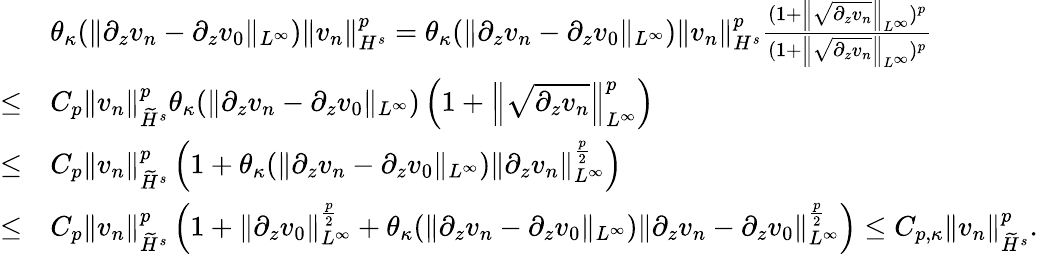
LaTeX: \begin{array}{rl}&{\theta_{\kappa}(\| \partial_{z}v_{n}-\partial_{z}v_{0}\| _{L^{\infty}})\| v_{n}\| _{H^{s}}^{p}=\theta_{\kappa}(\| \partial_{z}v_{n}-\partial_{z}v_{0}\| _{L^{\infty}})\| v_{n}\| _{H^{s}}^{p}\frac{(1+\left\| \sqrt{\partial_{z}v_{n}}\right\| _{L^{\infty}})^{p}}{(1+\left\| \sqrt{\partial_{z}v_{n}}\right\| _{L^{\infty}})^{p}}}\\ {\leq}&{C_{p}\| v_{n}\| _{\widetilde H^{s}}^{p}\theta_{\kappa}(\| \partial_{z}v_{n}-\partial_{z}v_{0}\| _{L^{\infty}})\left(1+\left\| \sqrt{\partial_{z}v_{n}}\right\| _{L^{\infty}}^{p}\right)}\\ {\leq}&{C_{p}\| v_{n}\| _{\widetilde H^{s}}^{p}\left(1+\theta_{\kappa}(\| \partial_{z}v_{n}-\partial_{z}v_{0}\| _{L^{\infty}})\left\| \partial_{z}v_{n}\right\| _{L^{\infty}}^{\frac p2}\right)}\\ {\leq}&{C_{p}\| v_{n}\| _{\widetilde H^{s}}^{p}\left(1+\| \partial_{z}v_{0}\| _{L^{\infty}}^{\frac p2}+\theta_{\kappa}(\| \partial_{z}v_{n}-\partial_{z}v_{0}\| _{L^{\infty}})\left\| \partial_{z}v_{n}-\partial_{z}v_{0}\right\| _{L^{\infty}}^{\frac p2}\right)\leq C_{p,\kappa}\| v_{n}\| _{\widetilde H^{s}}^{p}.}\end{array}